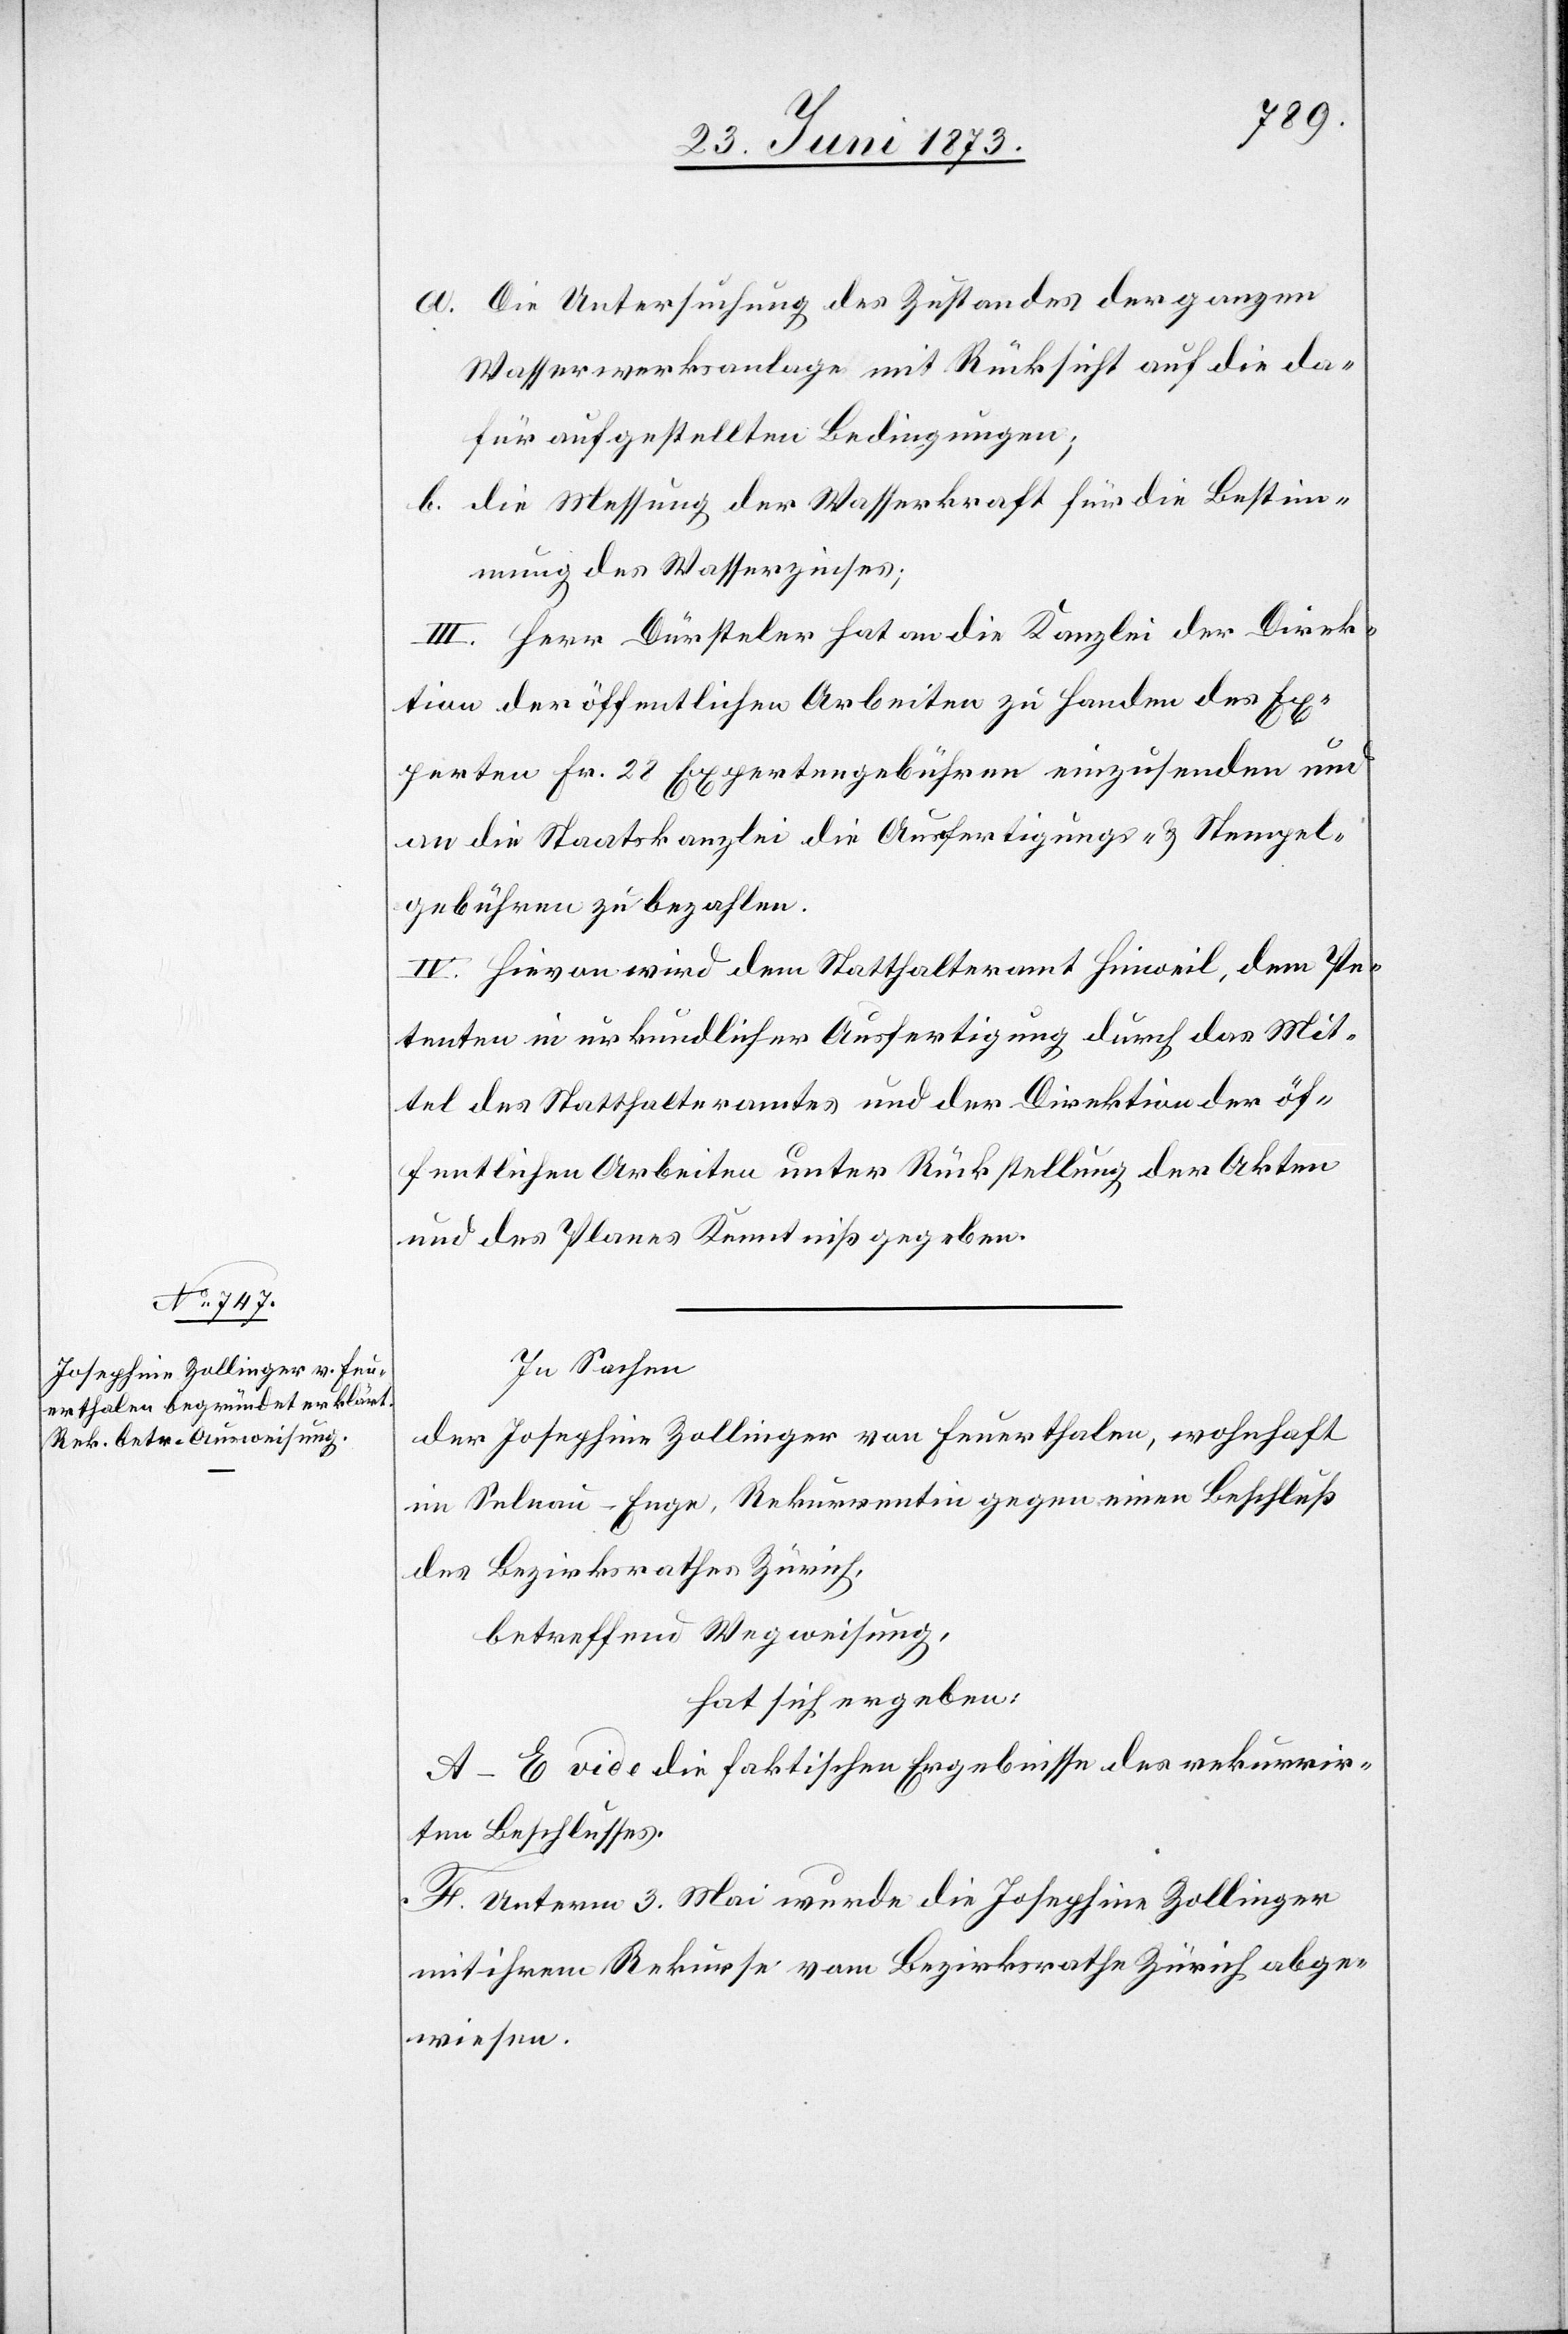
a. Die Untersuchung des Zustandes der ganzen
Wasserwerksanlage mit Rücksicht auf die da¬
für aufgestellten Bedingungen;
b. die Messung der Wasserkraft für die Bestim¬
mung des Wasserzinses;
III. Herr Dürsteler hat an die Kanzlei der Direk¬
tion der öffentlichen Arbeiten zu Handen des Ex¬
perten Fr. 28 Expertengebühren einzusenden und
an die Staatskanzlei die Ausfertigungs- & Stempel¬
gebühren zu bezahlen.
IV. Hievon wird dem Statthalteramt Hinweil, dem Pe¬
tenten in urkundlicher Ausfertigung durch das Mit¬
tel des Statthalteramtes und der Direktion der öf¬
fentlichen Arbeiten unter Rückstellung der Akten
und des Planes Kenntniß gegeben.
In Sachen
der Josephine Zollinger von Feuerthalen, wohnhaft
in Selnau-Enge, Rekurrentin gegen einen Beschluß
des Bezirksrathes Zürich,
betreffend Wegweisung,
hat sich ergeben:
A–E vide die faktischen Ergebnisse des rekurrir¬
ten Beschlusses.
F. Unterm 3. Mai wurde die Josephine Zollinger
mit ihrem Rekurse vom Bezirksrathe Zürich abge¬
wiesen.